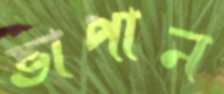
ভাপান